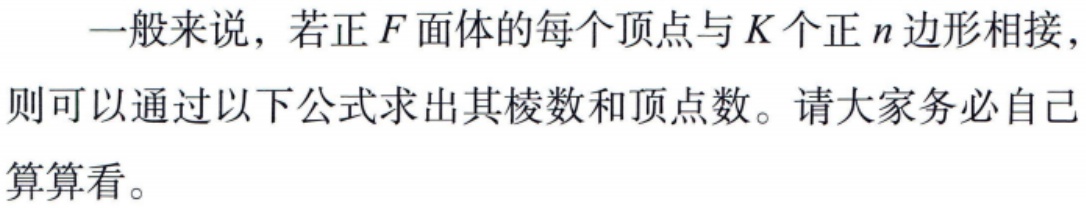
一般来说，若正\(F\)面体的每个顶点与\(K\)个正\(n\)边形相接，则可以通过以下公式求出其棱数和顶点数。请大家务必自己算算看。